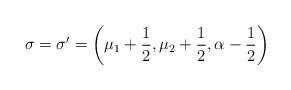
LaTeX: \begin{align*}\sigma=\sigma'=\bigg(\mu_1+\frac{1}{2}, \mu_2+\frac{1}{2}, \alpha-\frac{1}{2}\bigg)\end{align*}